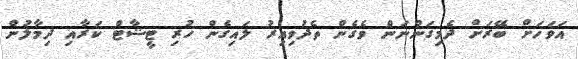
އަވަހަށް ބޭރަށް ދެމިގަންނަން ވެގެން ތެދުވިއިރު ލައިގެން ހުރި ޓީޝާޓް ކަރާއި ދިމާލުން